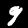
Label: 9